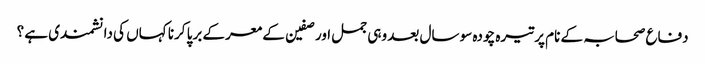
دفاع صحابہ کے نام پر تیرہ چودہ سو سال بعد وہی جمل اور صفین کے معرکے برپا کرنا کہاں کی دانشمندی ہے ؟